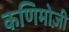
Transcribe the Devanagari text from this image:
कणिमोज़ी